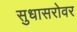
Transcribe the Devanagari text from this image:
सुधासरोवर